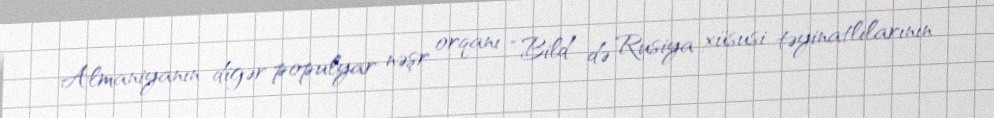
Almaniyanın digər populyar nəşr orqanı “Bild” də Rusiya xüsusi təyinatlılarının